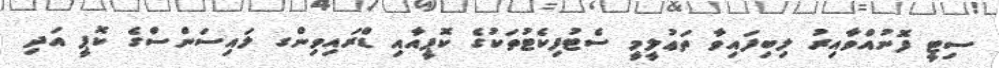
ސިޓީ ފޮނުއްވާއިރު ލިބިފައިވާ ތަޢުލީމީ ސެޓުފިކެޓުތަކުގެ ކޮޕީއާއި ޑްރައިވިންގ ލައިސަންސްގެ ކޮޕީ އަދި